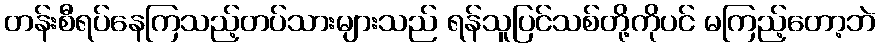
တန်းစီရပ်နေကြသည့်တပ်သားများသည် ရန်သူပြင်သစ်တို့ကိုပင် မကြည့်တော့ဘဲ